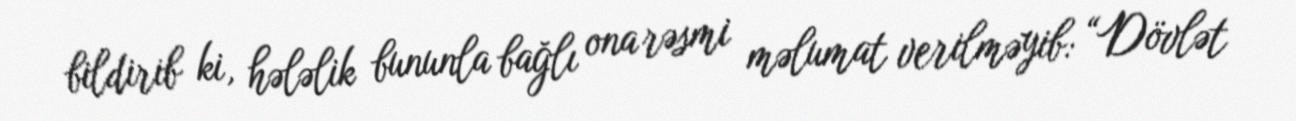
bildirib ki, hələlik bununla bağlı ona rəsmi məlumat verilməyib: “Dövlət